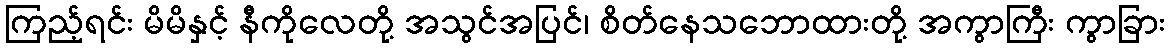
ကြည့်ရင်း မိမိနှင့် နီကိုလေတို့ အသွင်အပြင်၊ စိတ်နေသဘောထားတို့ အကွာကြီး ကွာခြား